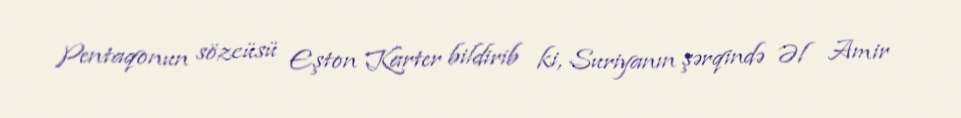
Pentaqonun sözcüsü Eşton Karter bildirib ki, Suriyanın şərqində Əl Amir